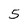
Character: 5